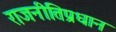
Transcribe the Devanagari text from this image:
राजनीतिप्रधान